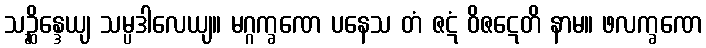
သဉ္ဆိန္ဒေယျ သမ္ပဒါလေယျ။ မဂ္ဂက္ခဏေ ပနေသ တံ ဇဋံ ဝိဇဋေတိ နာမ။ ဖလက္ခဏေ